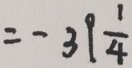
= - 3 9 \frac { 1 } { 4 }